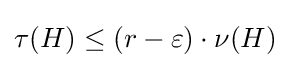
\tau (H)\leq (r-\varepsilon )\cdot \nu (H)